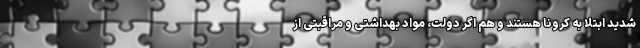
شدید ابتلا به کرونا هستند و هم اگر دولت، مواد بهداشتی و مراقبتی از